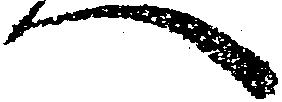
へ